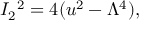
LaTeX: I _ { 2 } ^ { \; \; 2 } = 4 ( u ^ { 2 } - \Lambda ^ { 4 } ) ,